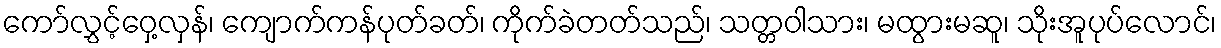
ကော်လွှင့်ဝှေ့လှန်၊ ကျောက်ကန်ပုတ်ခတ်၊ ကိုက်ခဲတတ်သည်၊ သတ္တဝါသား၊ မထွားမဆူ၊ သိုးအူပုပ်လောင်၊